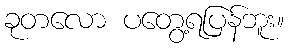
ခုတလော ပတွေ့ရပြန်ဘူး။